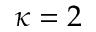
\kappa = 2